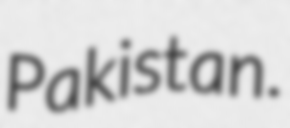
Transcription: Pakistan.